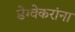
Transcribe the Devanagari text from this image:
डेग्वेकरांना